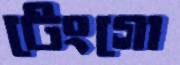
টেংগো